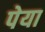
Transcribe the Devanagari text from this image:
पेया